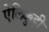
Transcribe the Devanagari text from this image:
ऐलिक्कुट्टी